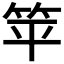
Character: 𬔳